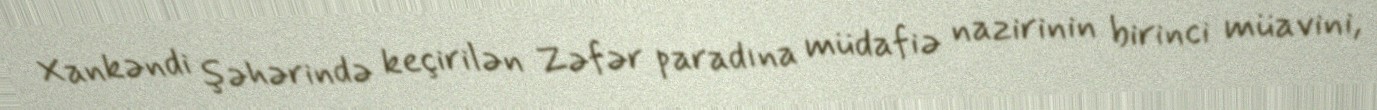
Xankəndi şəhərində keçirilən Zəfər paradına müdafiə nazirinin birinci müavini,